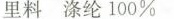
里料 涤纶100%